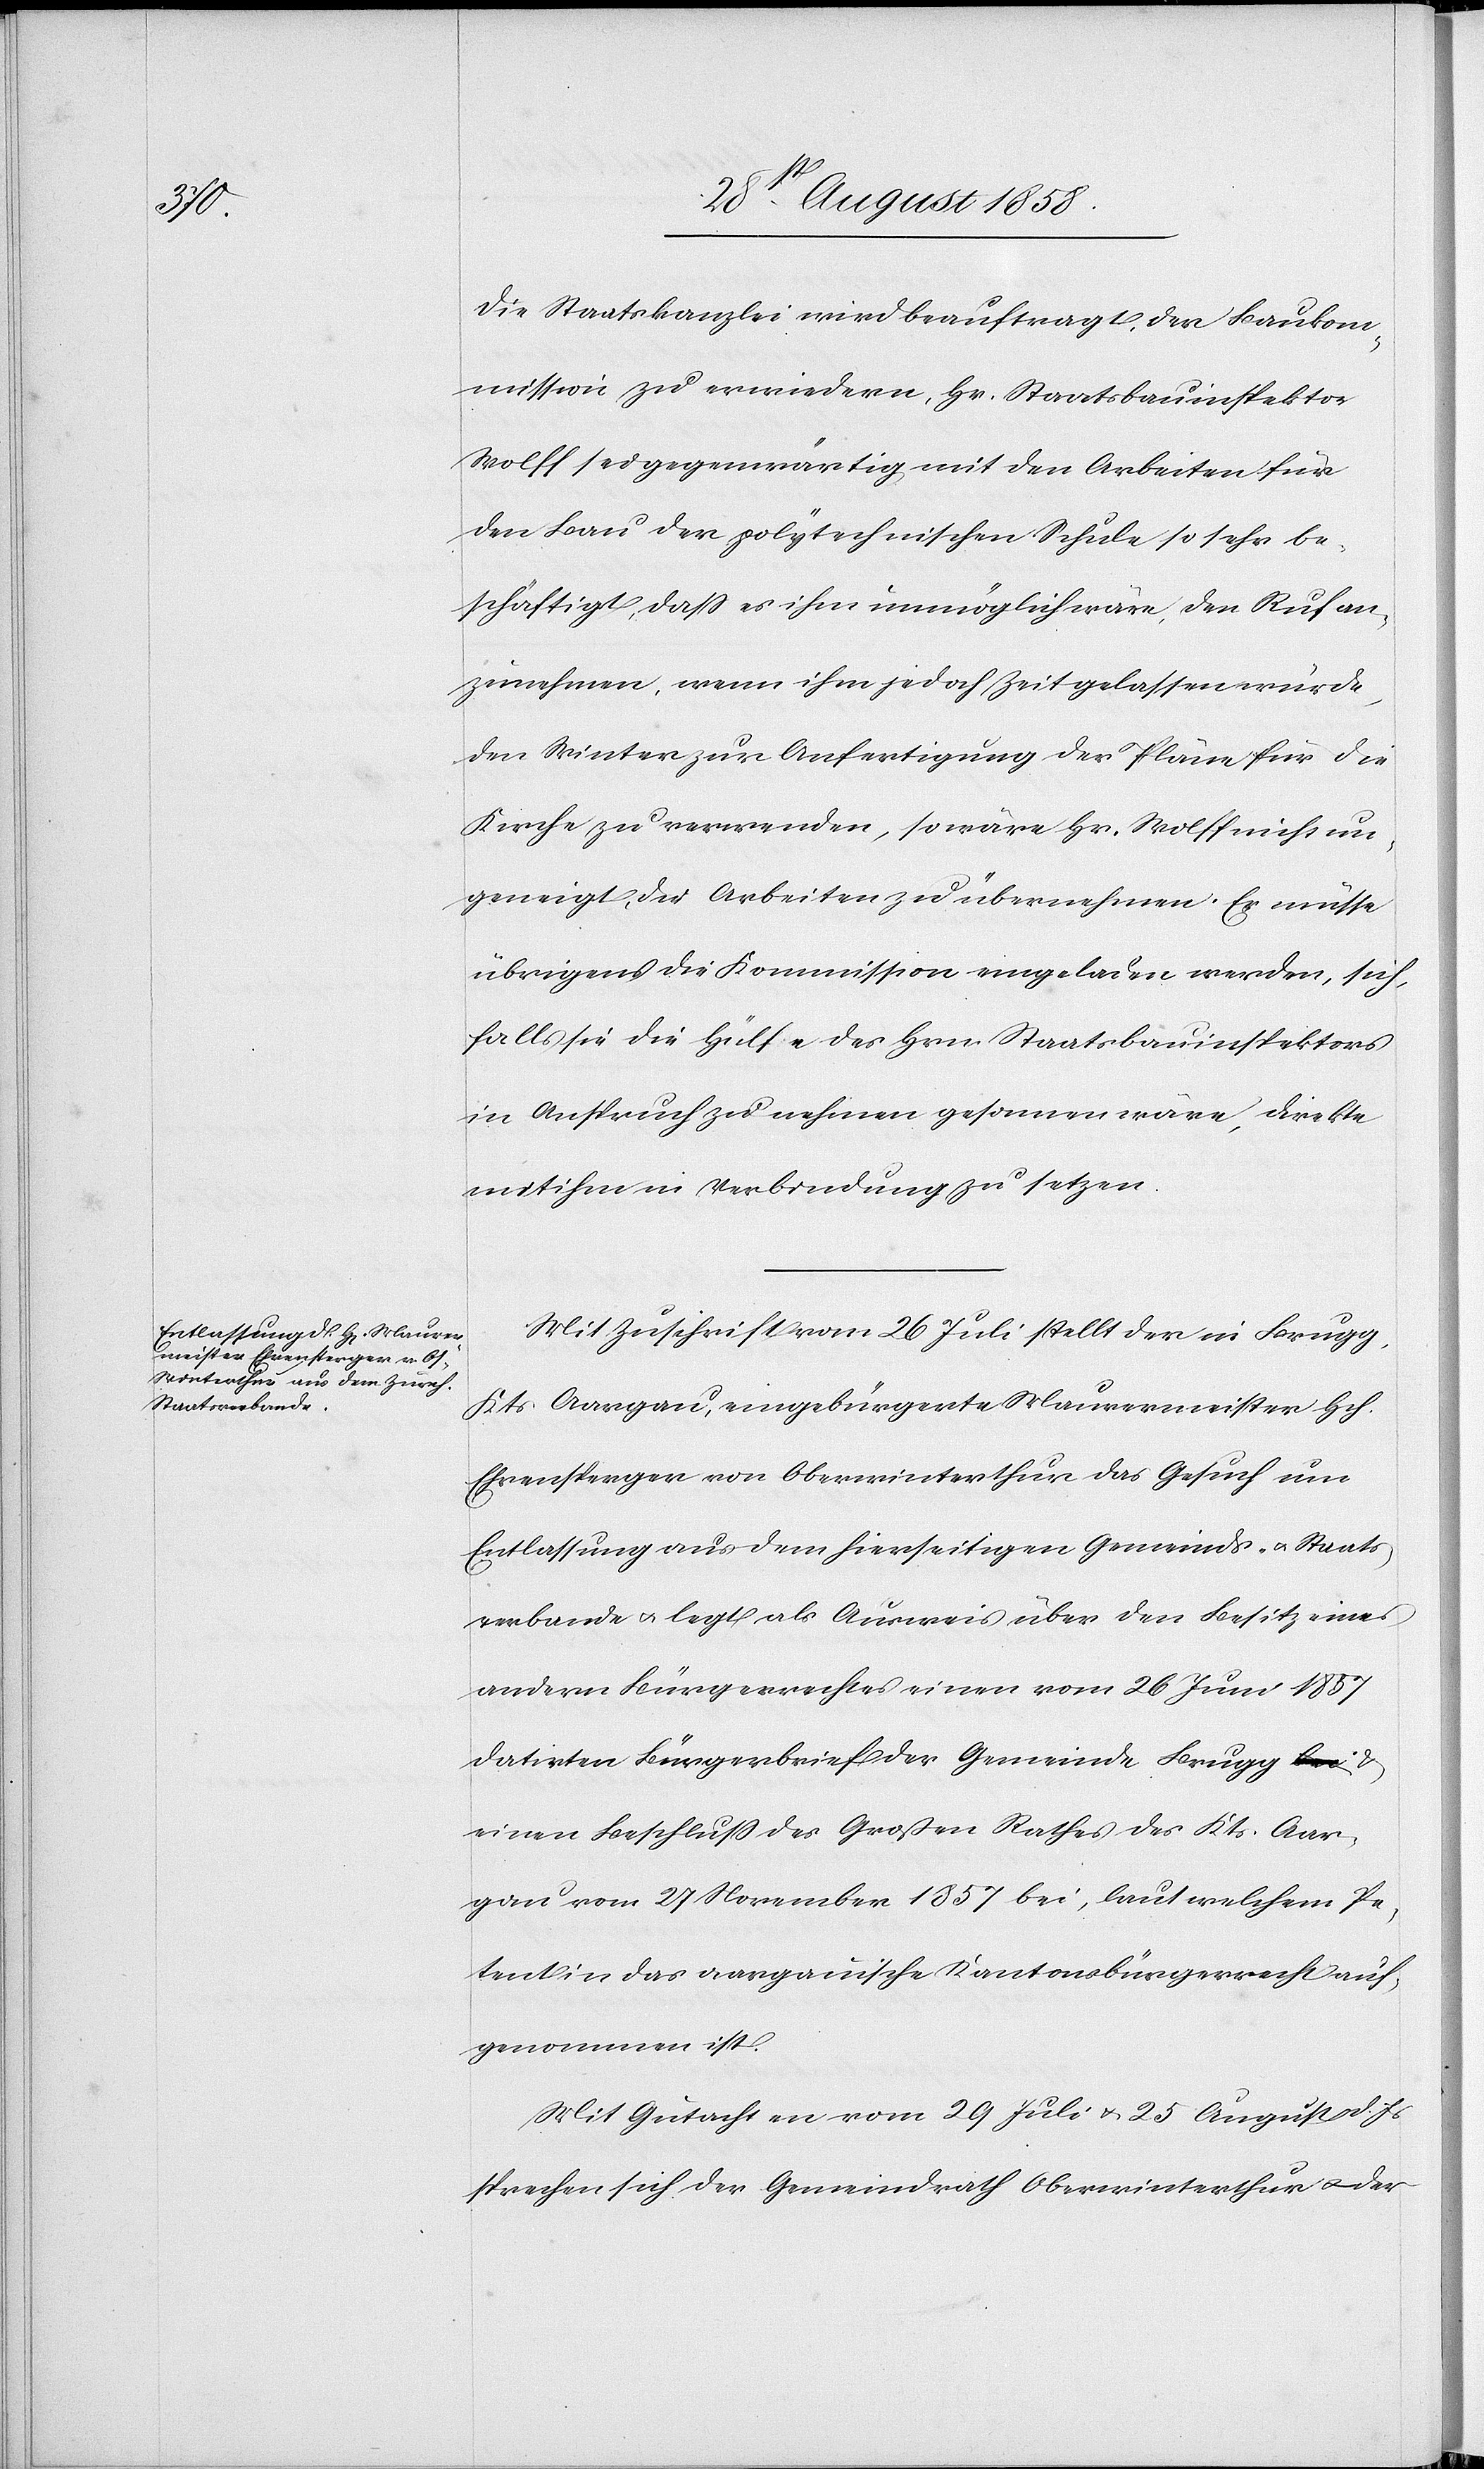
Die Staatskanzlei wird beauftragt, der Baukom¬
mission zu erwiedern, Hr. Staatsbauinspektor
Wolff sei gegenwärtig mit den Arbeiten für
den Bau der polytechnischen Schule so sehr be¬
schäftigt, dass es ihm unmöglich wäre, den Ruf an¬
zunehmen, wenn ihm jedoch Zeit gelassen würde,
den Winter zur Anfertigung der Pläne für die
Kirche zu verwenden, so wäre Hr. Wolff nicht un¬
geneigt, die Arbeiten zu übernehmen. Es müsse
übrigens die Kommission eingeladen werden, sich,
falls sie die Hülfe des Hrn. Staatsbauinspektors
in Anspruch zu nehmen gesonnen wäre, direkte
mit ihm in Verbindung zu setzen.
Mit Zuschrift vom 26 Juli stellt der in Brugg,
Kts. Aargau, eingebürgerte Maurermeister Hch.
Ehrensperger von Oberwinterthur das Gesuch um
Entlassung aus dem hierseitigen Gemeinds- & Staats¬
verbande & legt als Ausweis über den Besitz eines
andern Bürgerrechtes einen vom 26 Juni 1857
datirten Bürgerbrief der Gemeinde Brugg a-bei-a &
einen Beschluss des Großen Rathes des Kts. Aar¬
gau vom 27 November 1857 bei, laut welchem Pe¬
tent in das aargauische Kantonsbürgerrecht auf¬
genommen ist.
Mit Gutachten vom 29 Juli & 25 August d. Js
sprechen sich der Gemeindrath Oberwinterthur & der